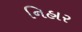
નિહાર